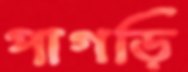
পাগড়ি